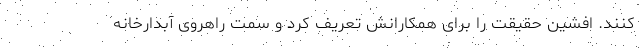
کنند. افشین حقیقت را برای همکارانش تعریف کرد و سمت راهروی آبدارخانه